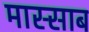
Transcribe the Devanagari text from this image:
मास्साब